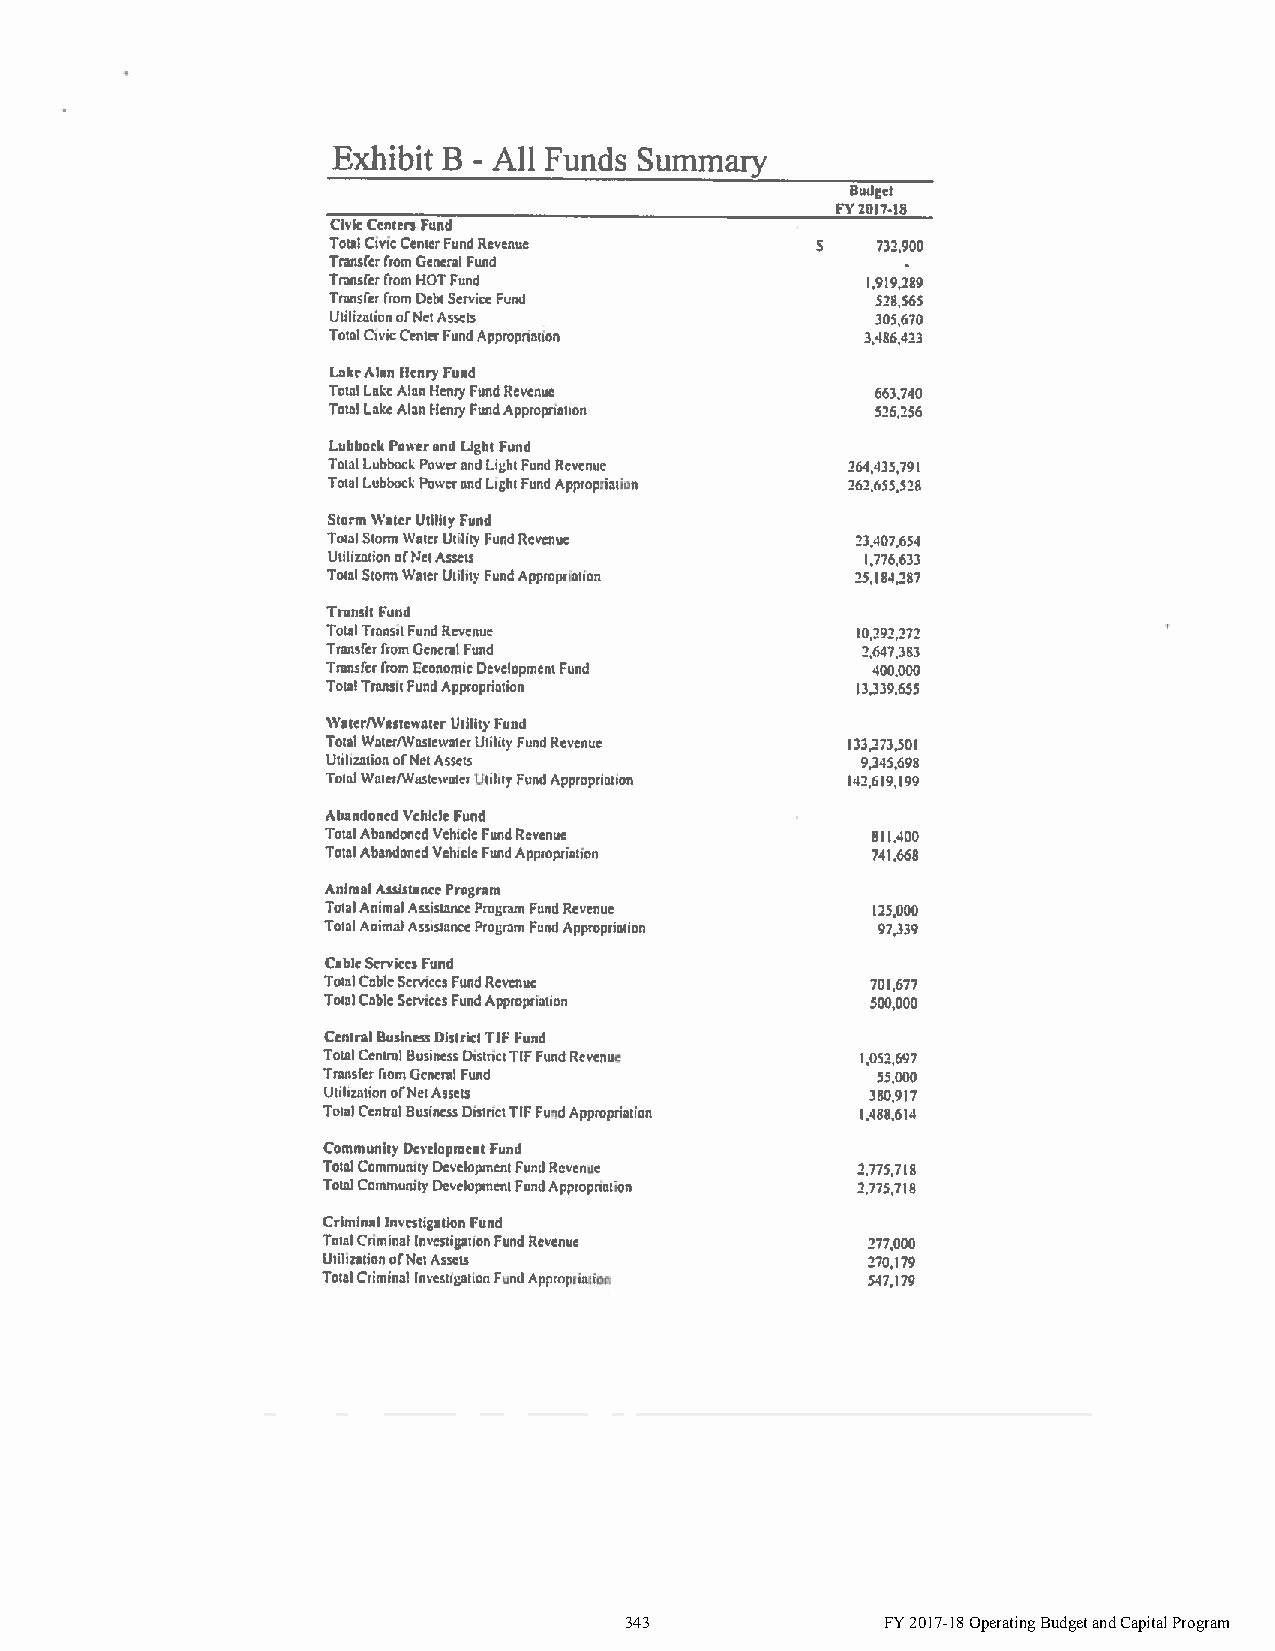
343               FY 2017-18 Operating Budget and Capital Program